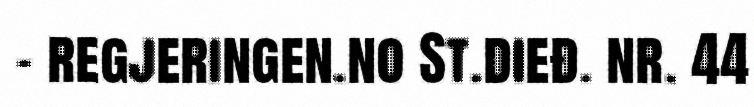
- regjeringen.no St.dieđ. nr. 44